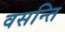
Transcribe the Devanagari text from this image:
वसन्ति